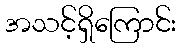
အသင့်ရှိကြောင်း